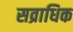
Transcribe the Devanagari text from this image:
सव्राधिक